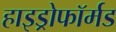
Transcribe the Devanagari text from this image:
हाइड्रोफॉर्मड